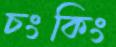
চংকিং